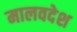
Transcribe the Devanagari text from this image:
मालवदेश